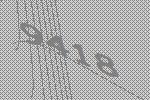
9418